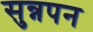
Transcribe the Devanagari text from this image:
सुन्नपन